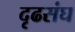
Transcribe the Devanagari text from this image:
दृढसंघ